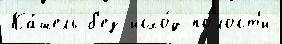
Ка́шель б'ез исхо́д по́лост'и